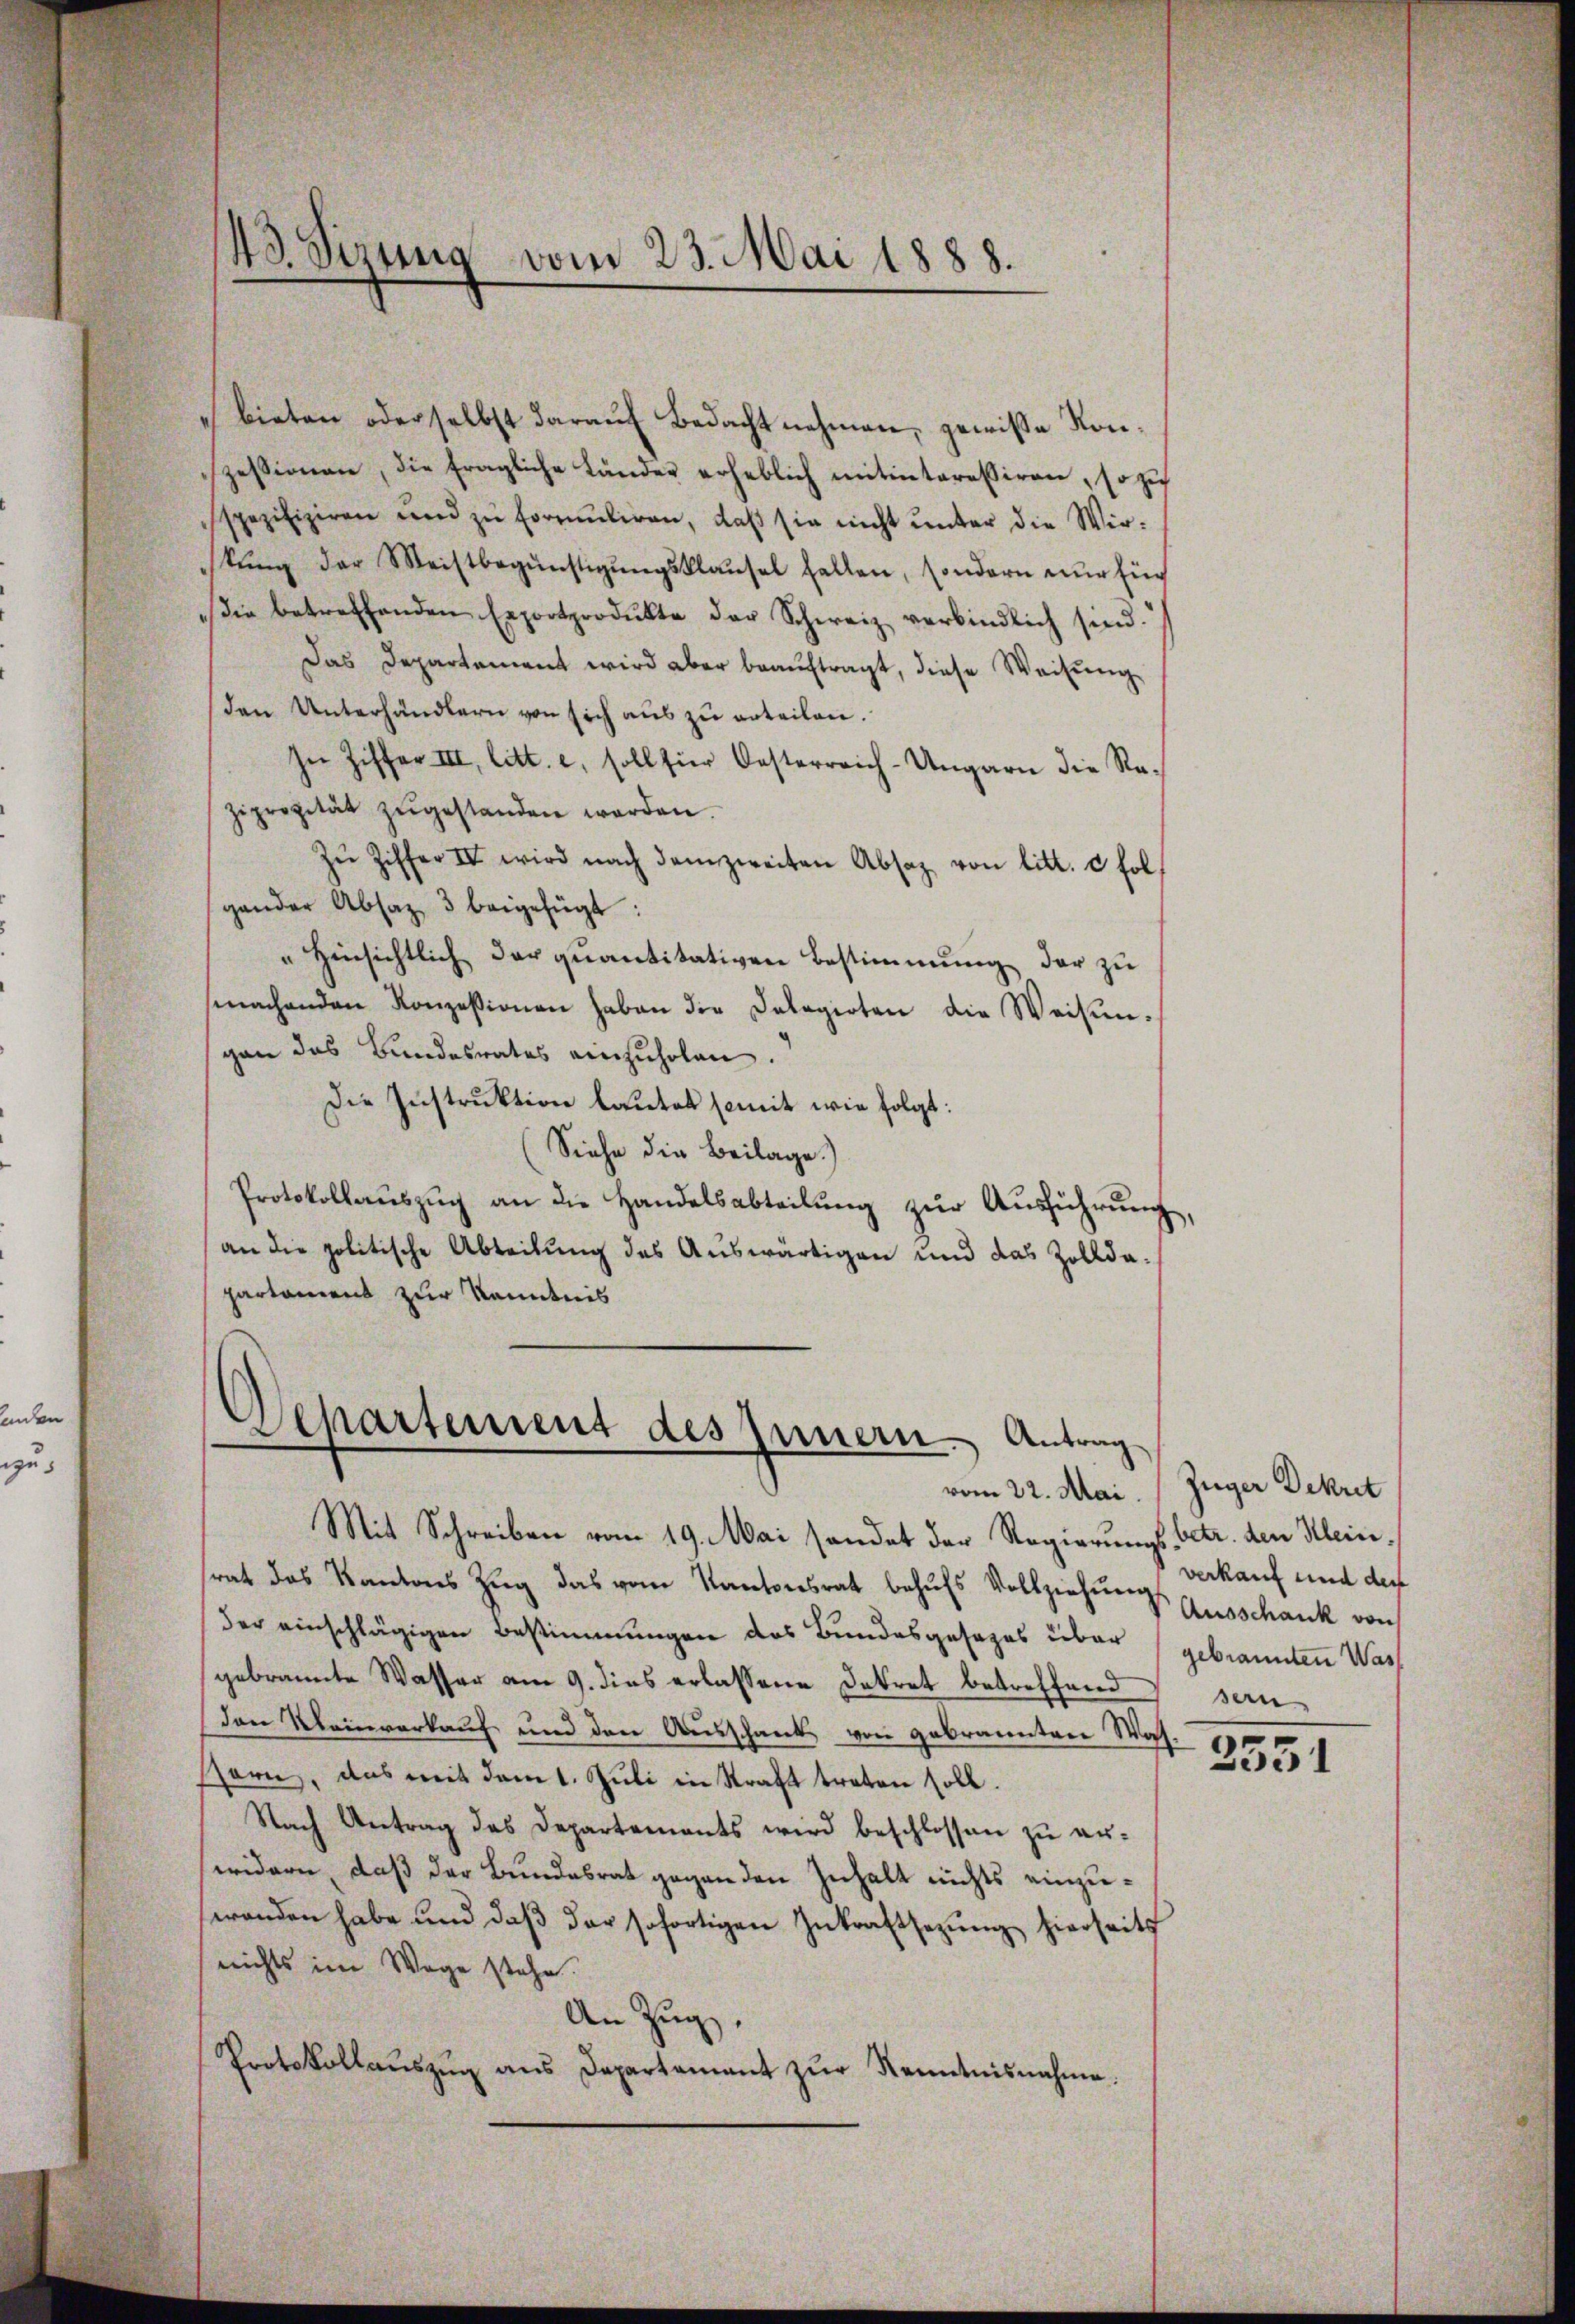
43. Sirung
vom 23. Mai 1888.

bieten oder selbst darauf Bedacht nehmen, gewiße Konzessionen, die fragliche Länder erheblich mitinteressiren, so zu
spezifiziren und zŭ formŭliren, daβ sie nicht ŭnter die Wir-
stŭng der Meistbegünstigŭngsklaŭsel halten, sondern nur für
ie betreffenden Exportprodukte der Schweiz verbindlich sind.
Das Departement wird aber beauftragt, diese Weisung
den Unterhändlern von sich aŭs zŭ erteilen.
In Ziffer III, litt. e, soll für Oesterreich-Ungarn die Rezipropität zŭgestanden worden.
Zŭ Ziffer IV wird nach dem zweiten Absaz von litt. c fol
gander Absaz 3 beigefügt:
" Hinsichtlich der qŭantitativen Bestimmung der zu
machenden Konzessionen haben der Delegirten die Weisŭn-
gan das Bundesrates einzuholen.
Die Instruktion lautet somit wie folgt:
(Siehe die Beilage.)
Protokollaŭszŭg an die Handelsabteilung zur Ausführung,
an die politische Abteilung des Auswärtigen und das Zolldapartament zur Kenntnis

Departement des Innern. Antrag
vom 22. Mai. Zuger Dekret

Mit Schreiben vom 19. Mai sondet der Regierungs betr. den Kleinsrat das Kantons Zŭg das vom Kantonsrat behŭfs Vollziehŭng
der einschlägigen Bestimmungen des Bundesgesezes über gebrannten Was
gebrannte Wasser am 9. dies erlassene Dekret betreffend sein
Den Kleinverkauf und den Ausschank von gebrannten Was
sern, das mit dem 1. Juli in Straft treten soll.
Nach Antrag das Departements wird beschlossen zu erwidern, daß der Bundesrat gegen den Zuhalt nichts einzuwanden habe und daβ der sofortigen Inkraftsezung hierseits
nichts im Wege stehe.
An Zug,
Protokollaŭszŭg ans Departament zŭr Kenntnisnahme.

verkauf und der
Ausschank von

2351